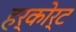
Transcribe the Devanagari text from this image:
हर्कोर्ट